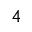
4